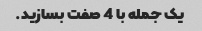
یک جمله با 4 صفت بسازید.